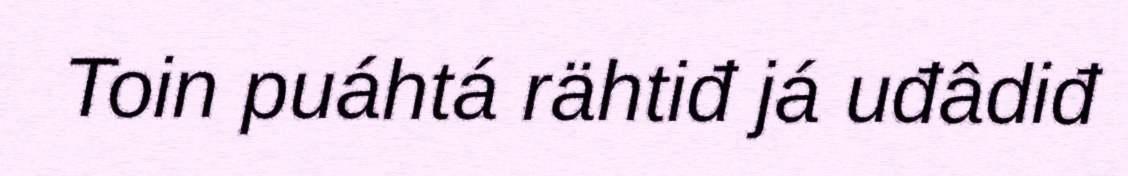
Toin puáhtá rähtiđ já uđâdiđ